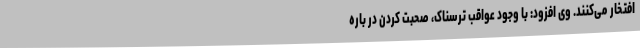
افتخار می‌کنند. وی افزود: با وجود عواقب ترسناک، صحبت کردن در باره